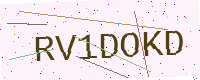
Text: RV1DOKD